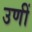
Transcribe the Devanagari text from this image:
उणीं